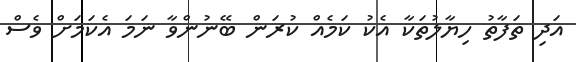
އަދި ތަފާތު ހިޔާލުތަކާ އެކު ކަމެއް ކުރަން ބޭނުންވާ ނަމަ އެކަމަށް ވެސް